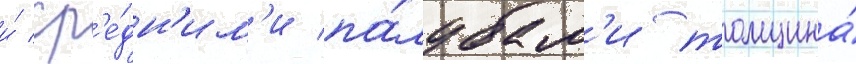
и́ ср'е́дн'им'и па́лубам'и толщина́